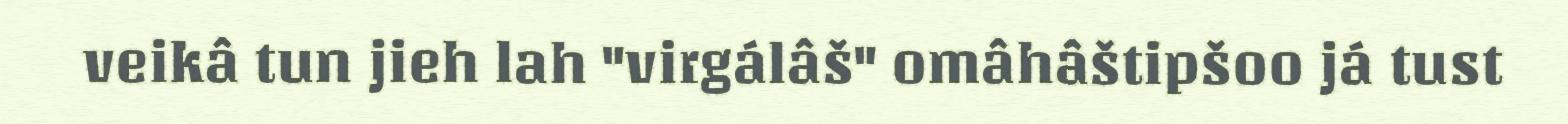
veikâ tun jieh lah "virgálâš" omâhâštipšoo já tust